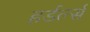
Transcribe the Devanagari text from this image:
हर्डर्ल्स